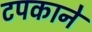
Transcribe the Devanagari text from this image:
टपकाने